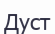
Дуст